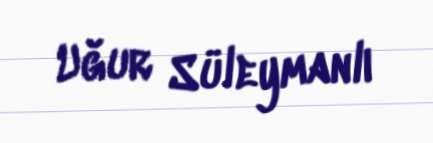
Uğur Süleymanlı